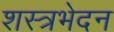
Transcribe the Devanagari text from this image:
शस्त्रभेदन